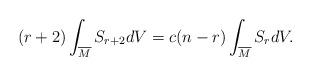
LaTeX: \begin{align*} (r+2)\int_{\overline{M}}S_{r+2}dV=c(n-r)\int_{\overline{M}}S_{r}dV.\end{align*}